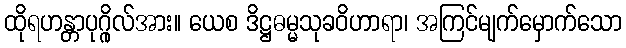
ထိုရဟန္တာပုဂ္ဂိုလ်အား။ ယေစ ဒိဋ္ဌဓမ္မသုခဝိဟာရာ၊ အကြင်မျက်မှောက်သော